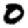
Digit: 0